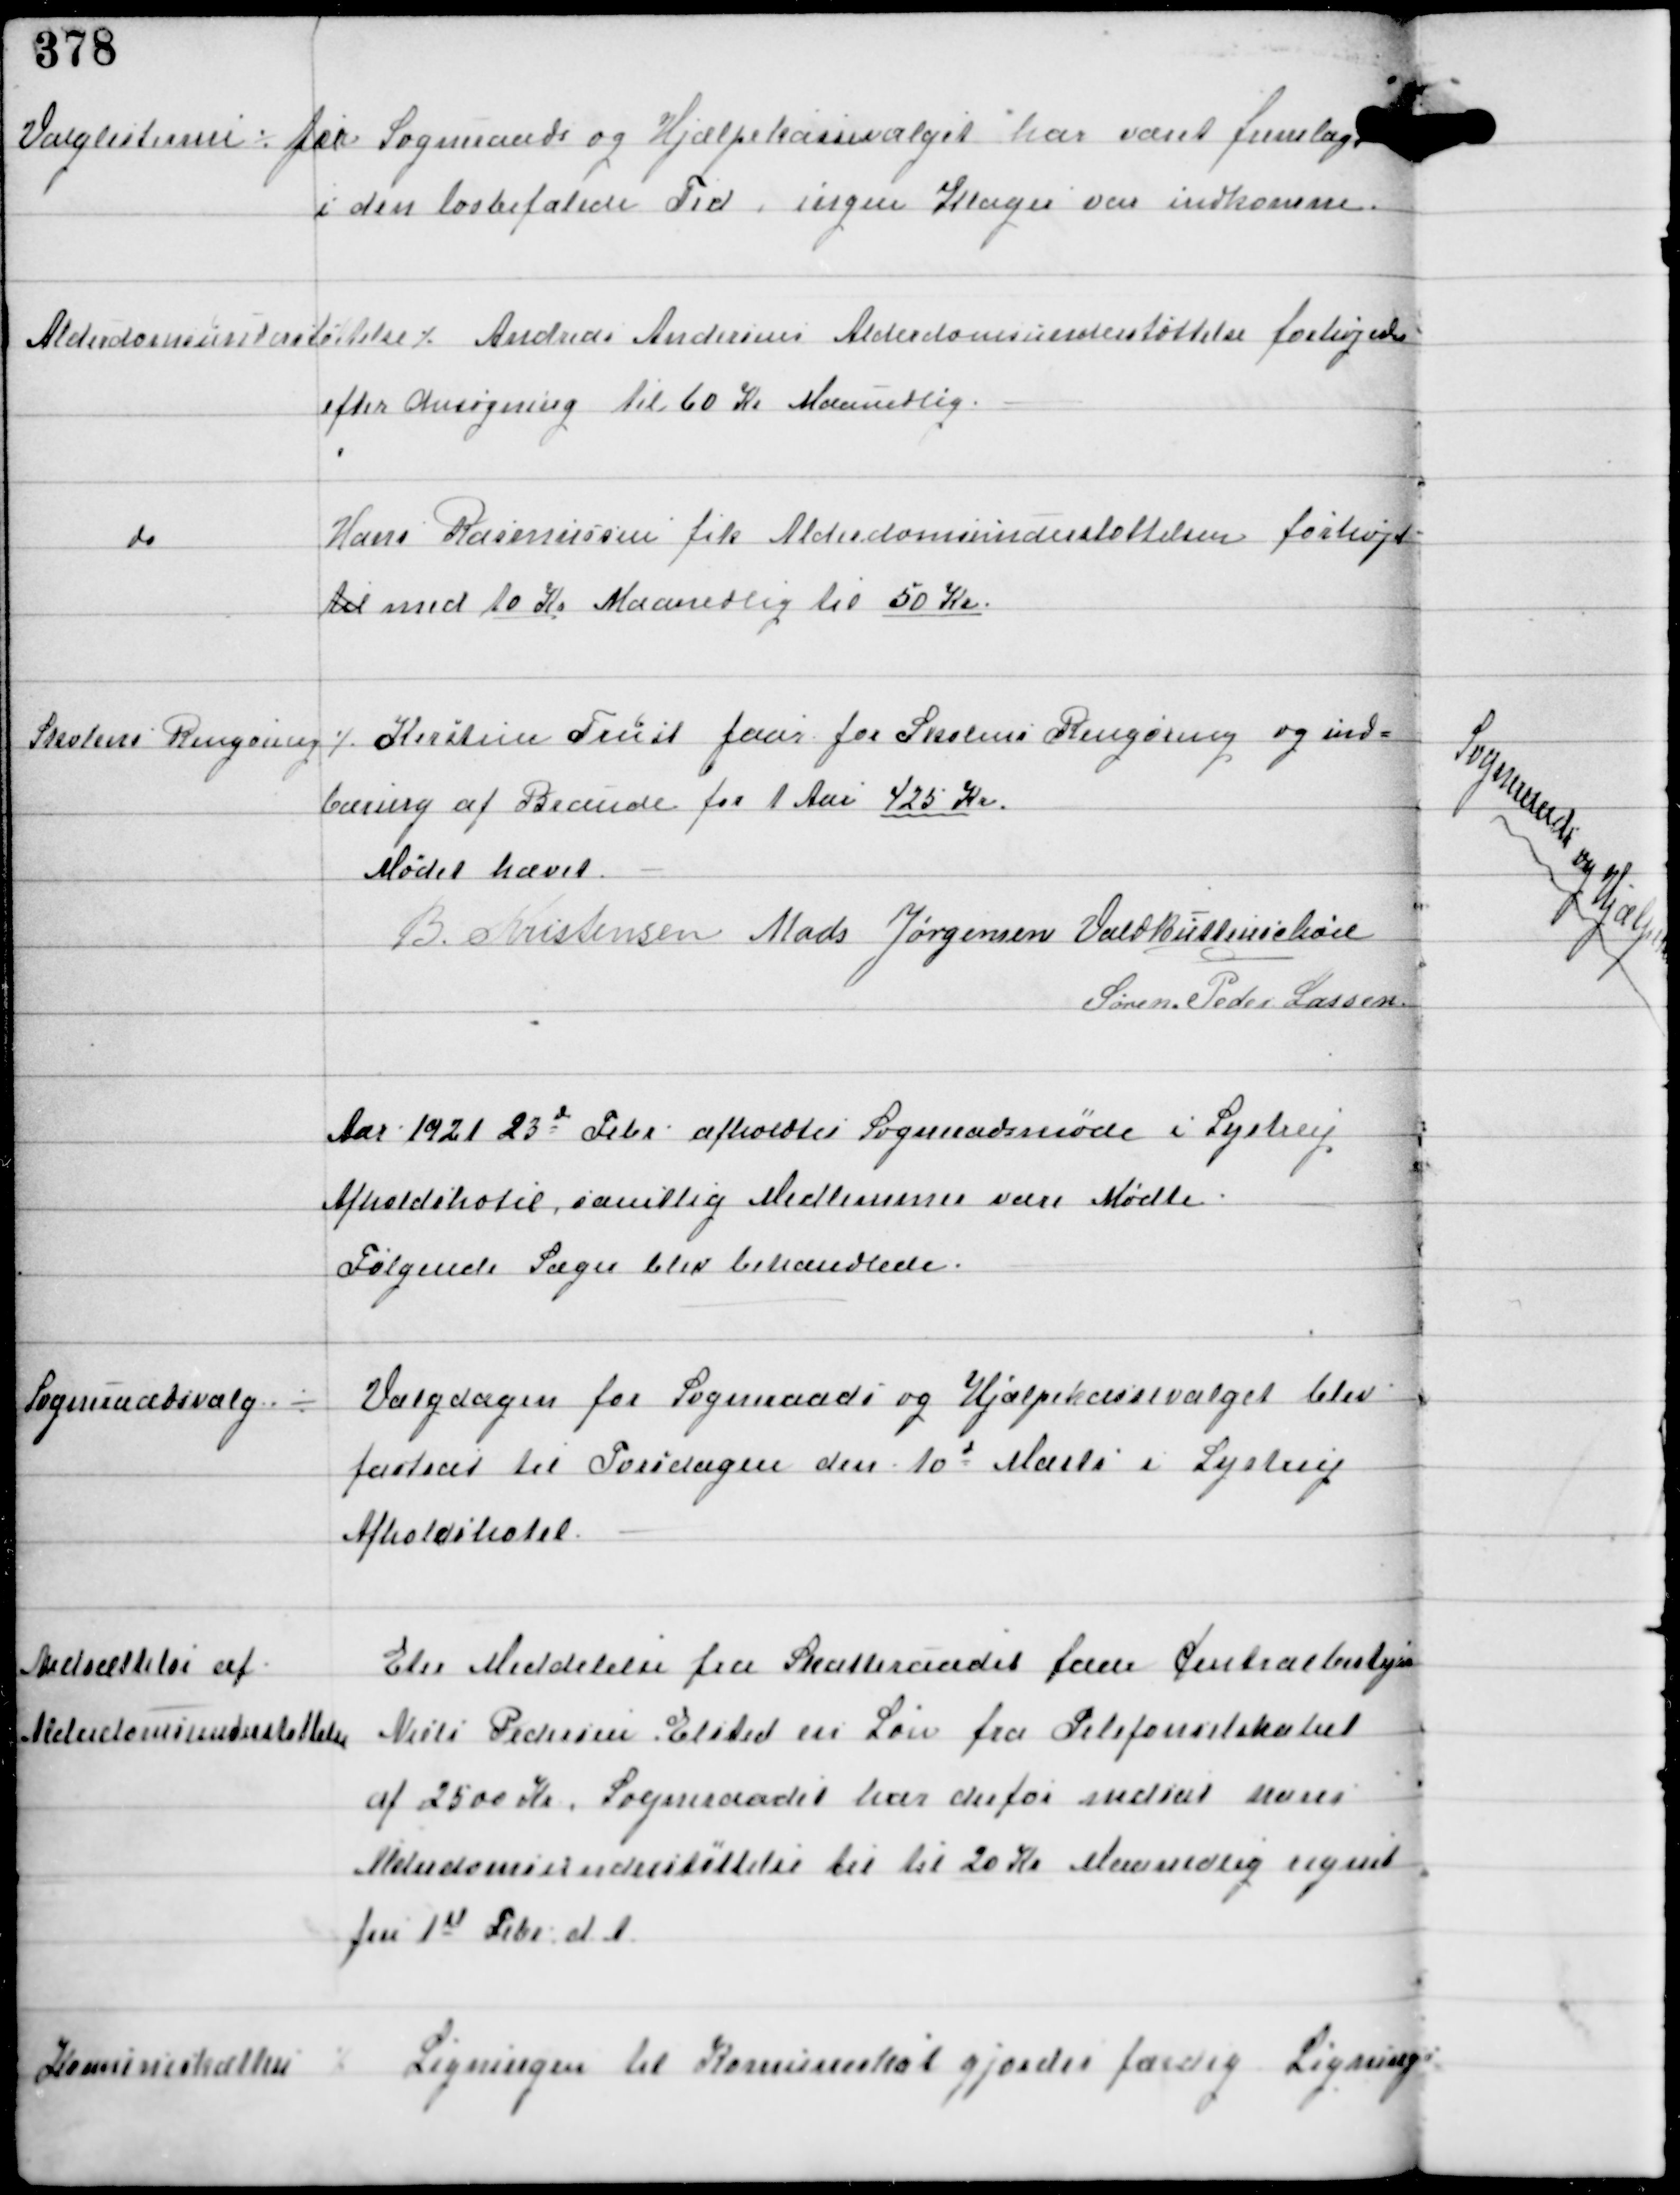
Transskription:
Valglisterne ⁒ for Sogneraads og Hjælpekassevalget har været fremlagt
i den lovbefalede Tid, ingen Klager var indkomne

Alderdomsunderstøttelse ⁒

Andreas Andersens Alderdomsunderstøttelse forhøjedes
efter ansøgning til 60 Kr Maanedlig.

do

Hans Rasmussen fik Alderdomsunderstøttelsen forhøjet
til med 10 Kr Maanedlig til 50 Kr

Skolens Rengøring ⁒

Kirstine Trust faar for Skolens Rengøring og ind-
bæring af Brænde for 1 Aar 425 Kr.

Mødet hævet
B. Kristensen Mads Jørgensen Vald Buttenschøn
Søren Peder Lassen

Aar 1921 23d Febr afholdtes Sogneraadsmøde i Lystrup
Afholdshotel, samtlige Medlemmer vare Mødte
Følgende Sager blev behandlede.

Sogneraadsvalg ÷

Valgdagen for Sogneraads og Hjælpekassevalget blev
fastsat til Torsdagen den 10d Marts i Lystrup
Afholdshotel.

Nedsættelse af
Alderdomsunderstøttelse

Eter Meddelelse fra Skatteraadet faar Centralbestyrer
Niels Pedersen Elsted en Løn fra Telefonselskabet
af 2500 Kr. Sogneraadet har derfor nedsat hans
Alderdomsunderstøttelse til til 20 Kr Maanedlig regnet
fra 1d Febr d.A.

Komuneskatten ⁒

Ligningen til Komuneskat gjordes færdig. Ligning